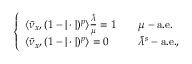
\begin{array} { r } { \left\{ \begin{array} { l l } { \langle \tilde { \nu } _ { x } , ( 1 - | \cdot | ) ^ { p } \rangle \frac { \tilde { \lambda } } { \mu } = 1 \quad } & { \mu - \mathrm { a . e . } } \\ { \langle \tilde { \nu } _ { x } , ( 1 - | \cdot | ) ^ { p } \rangle = 0 } & { \tilde { \lambda } ^ { s } - \mathrm { a . e . , } } \end{array} \right. } \end{array}